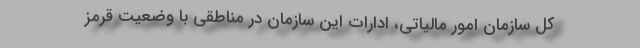
کل سازمان امور مالیاتی، ادارات این سازمان در مناطقی با وضعیت قرمز